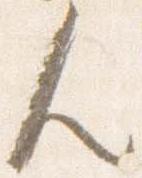
人